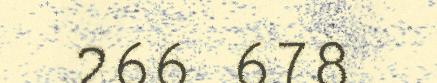
266 678